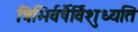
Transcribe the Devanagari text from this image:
त्रिभिर्वर्षैर्विशुध्यति